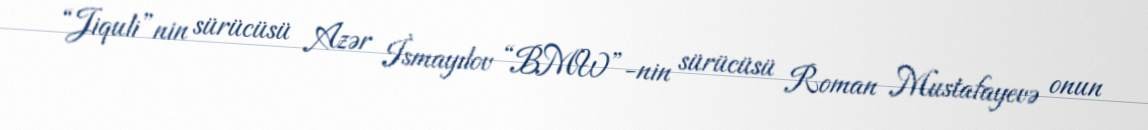
“Jiquli”nin sürücüsü Azər İsmayılov “BMW”-nin sürücüsü Roman Mustafayevə onun